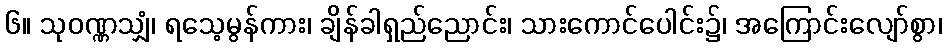
၆။ သုဝဏ္ဏသျှံ၊ ရသေ့မွန်ကား၊ ချိန်ခါရှည်ညောင်း၊ သားကောင်ပေါင်း၌၊ အကြောင်းလျော်စွာ၊